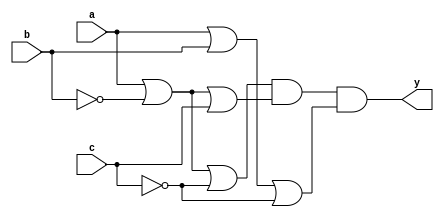
module gate(output y, input a, b, c);

    wire b_c, c_c, or1, or2, or3;
    not(b_c, b);
    not(c_c, c);
    or(or1, a, b_c, c_c);
    or(or2, a, b_c, c);
    or(or3, a, b, c_c);
    and(y, or1, or2, or3);

endmodule